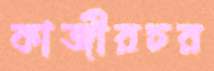
কাজীরচর